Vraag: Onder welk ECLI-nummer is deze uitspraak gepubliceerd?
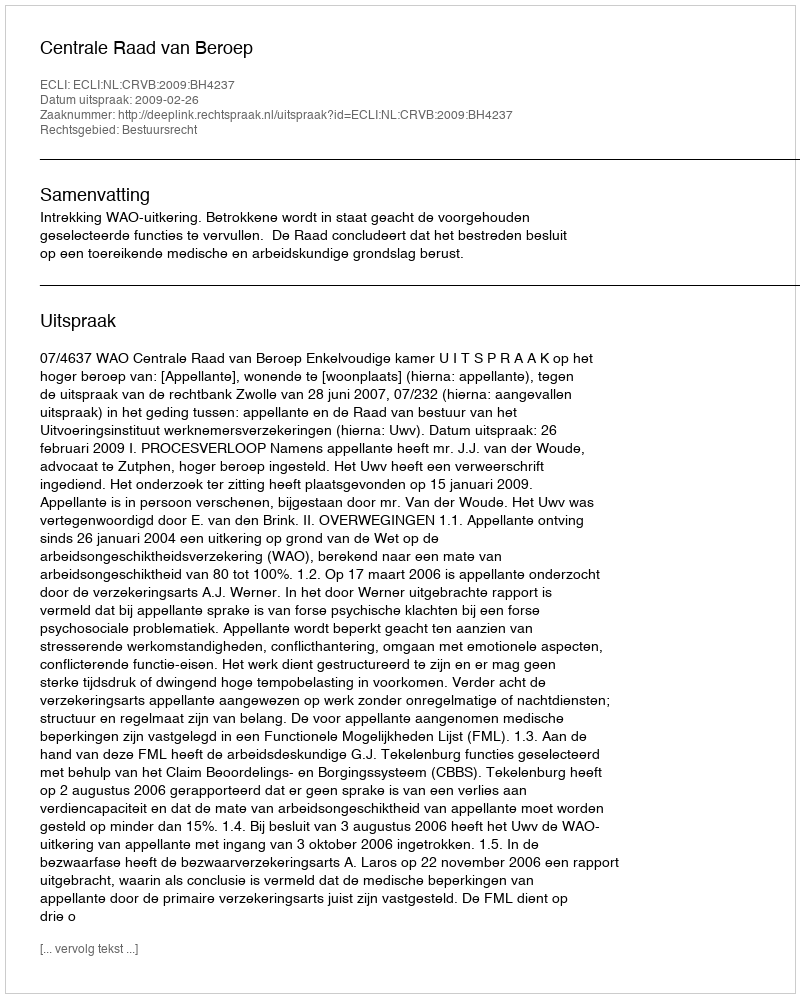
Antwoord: ECLI:NL:CRVB:2009:BH4237